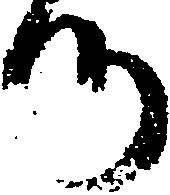
つ